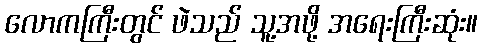
လောကကြီးတွင် ဖဲသည် သူ့အဖို့ အရေးကြီးဆုံး။